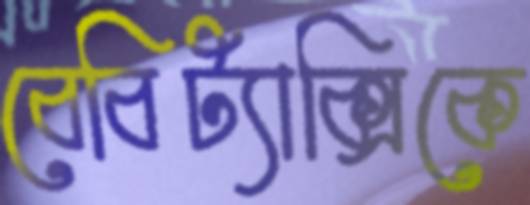
বেবিট্যাক্সিকে